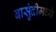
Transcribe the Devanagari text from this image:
बासुंदीमध्ये